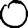
Digit: 0